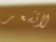
لاتشعر